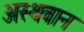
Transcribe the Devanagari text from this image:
अस्थवान